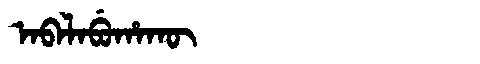
Manchu: ᠠᠪᠠᠯᠠᠪᡠᡥᠠᡴᡡ
Romanization: ABALABUHAKŪ